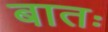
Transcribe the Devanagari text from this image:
बातः